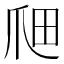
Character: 𤔉